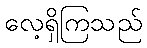
လေ့ရှိကြသည်